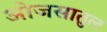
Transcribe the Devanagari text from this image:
ओजसातुल